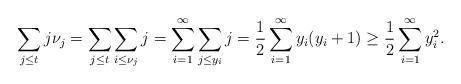
LaTeX: \begin{align*}\sum_{j\leq t}j\nu_j= \sum_{j\leq t} \sum_{i\leq \nu_j} j= \sum_{i=1}^{\infty} \sum_{j\leq y_i} j= \frac{1}{2} \sum_{i=1}^{\infty} y_i(y_i+1)\geq \frac{1}{2} \sum_{i=1}^{\infty} y_i^2.\end{align*}